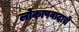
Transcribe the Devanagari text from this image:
लोकापवादाचें